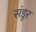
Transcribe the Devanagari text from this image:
संडूर